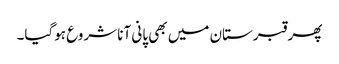
پھر قبرستان میں بھی پانی آنا شروع ہوگیا۔